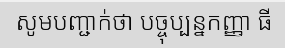
សូមបញ្ជាក់ថា បច្ចុប្បន្នកញ្ញា ធី